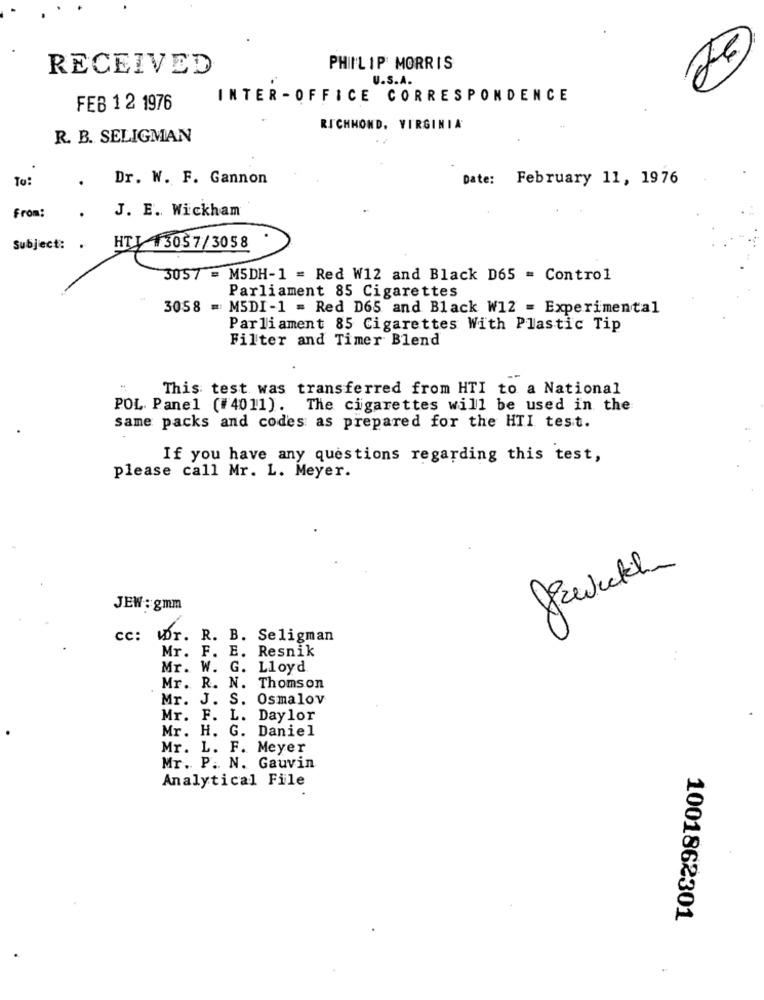
RECEIVED
PHILIP MORRIS
U.S.A.
INTER - OFFICE CORRESPONDENCE
FEB 1 2 1976
RICHMOND, VIRGINIA
R. B. SELIGMAN
To:
Dr. W. F. Gannon
Date: February 11, 1976
From:
J. E. Wickham
Subject: .
HTI 13057/3058
3057 = M5DH-1 = Red W12 and Black D65 = Control
Parliament 85 Cigarettes
3058 = M5DI -1 = Red D65 and Black W12 = Experimental
Parliament 85 Cigarettes With Plastic Tip
Filter and Timer Blend
This test was transferred from HTI to a National
POL. Panel (#4011). The cigarettes will be used in the
same packs and codes as prepared for the HTI test.
If you have any questions regarding this test,
please call Mr. L. Meyer.
JEW:gmm
cc: Wr. R. B. Seligman
Mr. F. E. Resnik
. .
Mr. W. G. Lloyd
Mr. R. N. Thomson
Mr. J. S. Osmalov
Mr. F. L. Daylor
Mr. H. G. Daniel
Mr. L. F. Meyer
Mr. P. N. Gauvin
Analytical File
1001862301